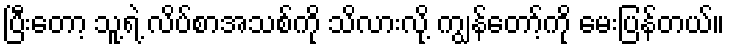
ပြီးတော့ သူ့ရဲ့ လိပ်စာအသစ်ကို သိလားလို့ ကျွန်တော့်ကို မေးပြန်တယ်။